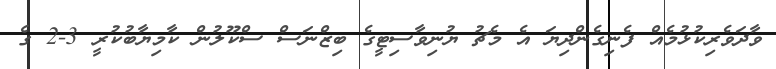
ވާދަވެރިކުޅުމެއް ފެނިގެންދިޔަ އެ މެޗު ޔުނިވާސިޓީގެ ބިޒްނަސް ސްކޫލުން ކާމިޔާބުކުރީ 3-2 ގެ